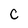
Character: c